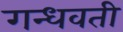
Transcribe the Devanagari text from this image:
गन्धवती